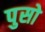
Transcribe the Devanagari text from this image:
पुसो